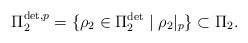
LaTeX: \begin{align*}\Pi_2^{\det, p} = \{ \rho_2 \in \Pi_2^{\det} \mid \rho_2|_p\} \subset \Pi_2.\end{align*}